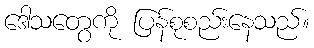
ဒေါသတွေကို ပြန်စုစည်းနေသည်။